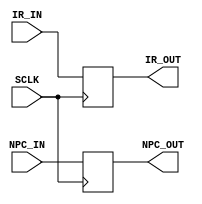
module IF_ID(IR_OUT, NPC_OUT, IR_IN, NPC_IN, SCLK);

	output reg [31:0] IR_OUT;
	output reg [15:0] NPC_OUT;

	input [31:0] IR_IN;
	input [15:0] NPC_IN;

    input SCLK;

    always @ (posedge SCLK) begin
        IR_OUT <= IR_IN;
        NPC_OUT <= NPC_IN;
    end	
endmodule